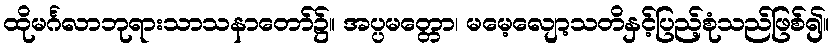
ထိုမင်္ဂလာဘုရားသာသနာတော်၌။ အပ္ပမတ္တော၊ မမေ့လျော့သတိနှင့်ပြည့်စုံသည်ဖြစ်၍။